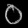
Digit: ၀